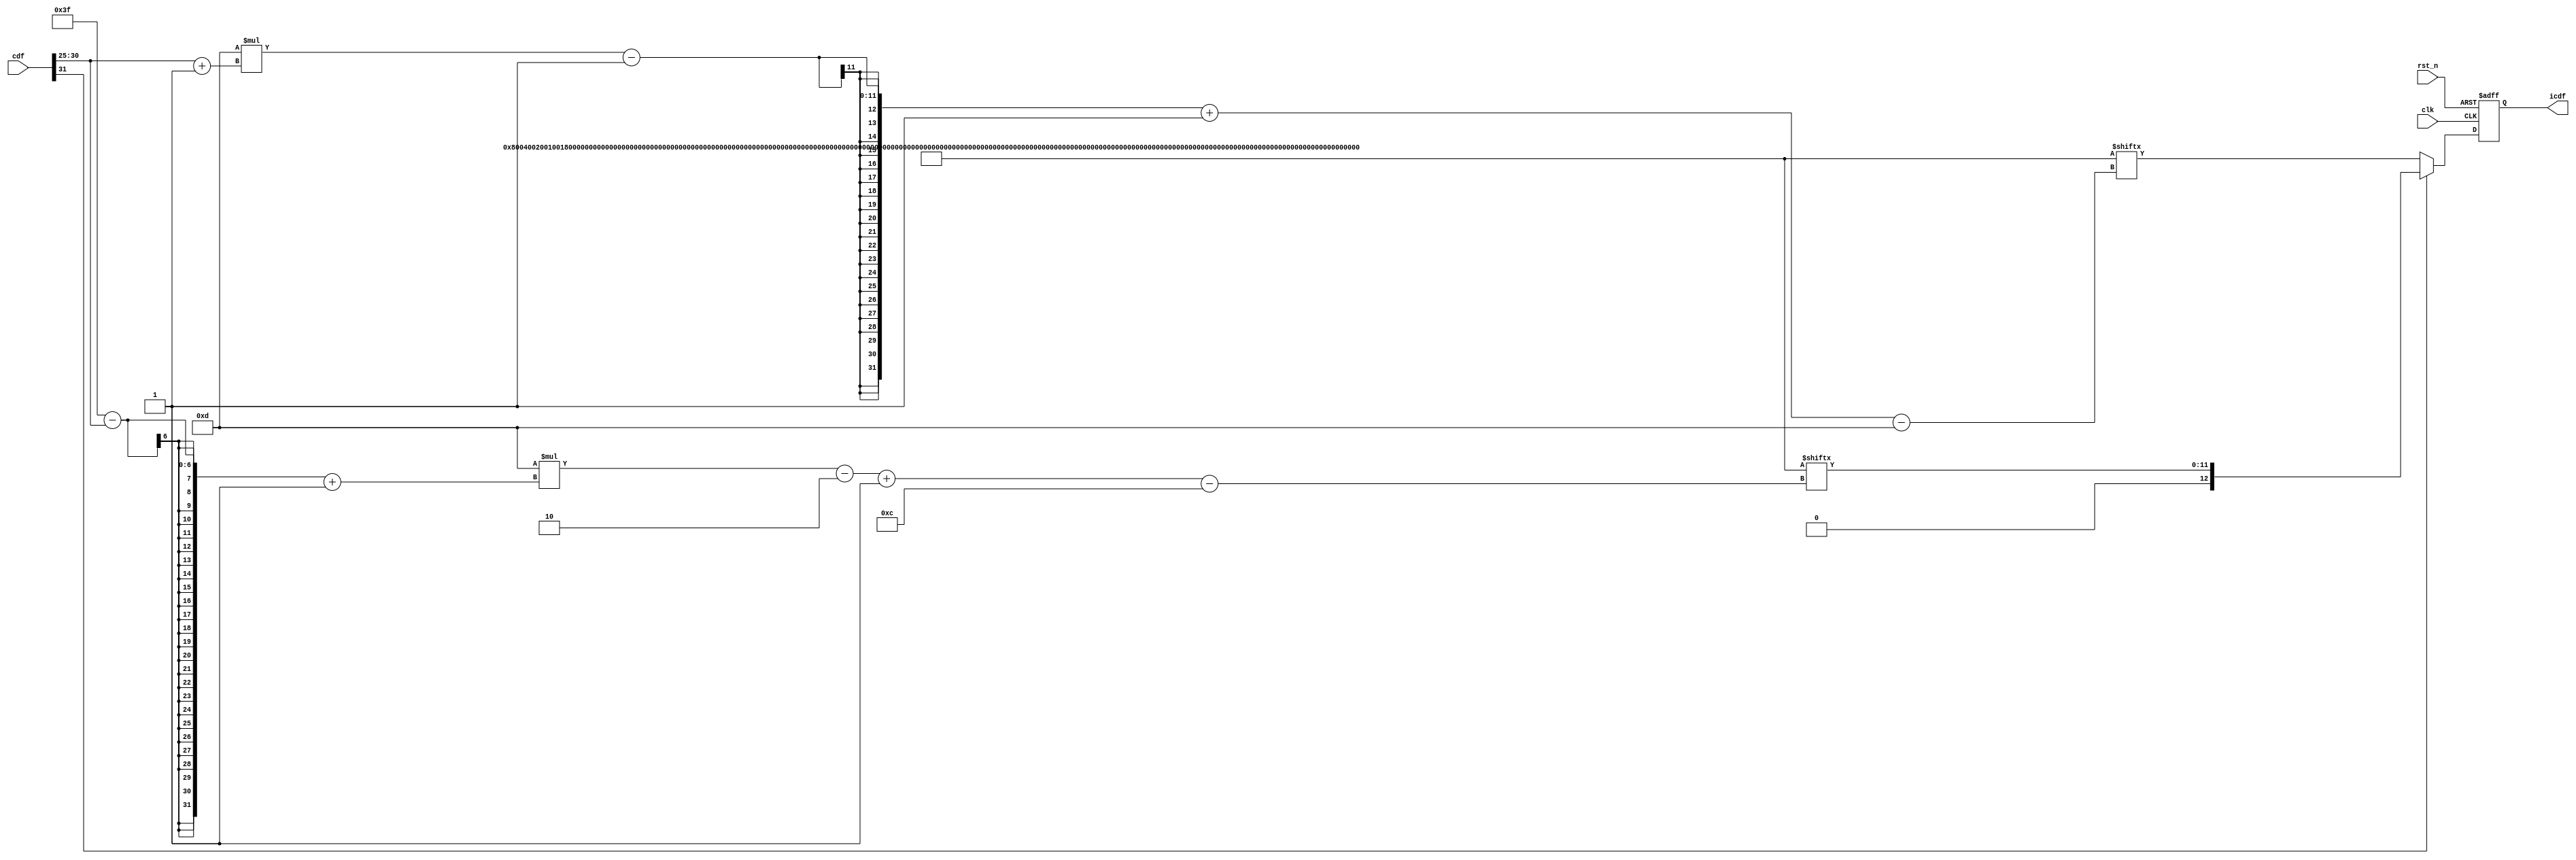
module ICDF_LUT(
    input               clk,
    input               rst_n,
    input       [31:0]  cdf,
    output reg  [12:0]  icdf
);
// =========== parameter ===============
parameter [13*64-1: 0] LUT = {
    13'h1000,
    13'h1000,
    13'h1000,
    13'h1001,
    13'h1001,
    13'h1001,
    13'h1002,
    13'h1002,
    13'h1002,
    13'h1002,
    13'h1003,
    13'h1003,
    13'h1003,
    13'h1004,
    13'h1004,
    13'h1004,
    13'h1005,
    13'h1005,
    13'h1005,
    13'h1006,
    13'h1006,
    13'h1006,
    13'h1007,
    13'h1007,
    13'h1007,
    13'h1008,
    13'h1008,
    13'h1009,
    13'h1009,
    13'h1009,
    13'h100a,
    13'h100a,
    13'h100a,
    13'h100b,
    13'h100b,
    13'h100c,
    13'h100c,
    13'h100d,
    13'h100d,
    13'h100d,
    13'h100e,
    13'h100e,
    13'h100f,
    13'h100f,
    13'h1010,
    13'h1010,
    13'h1011,
    13'h1012,
    13'h1012,
    13'h1013,
    13'h1014,
    13'h1014,
    13'h1015,
    13'h1016,
    13'h1017,
    13'h1018,
    13'h1019,
    13'h101a,
    13'h101b,
    13'h101c,
    13'h101e,
    13'h1021,
    13'h1024,
    13'h102a
};
// ================ wire and reg ==================
// whether cdf is greater than 0.5
wire GT05;
wire [5:0] index;
reg [13:0] icdf_w;
// ================ assignment ====================
assign GT05 = cdf[31];
assign index = cdf[30 -: 6];
// ================ Combinational =================
always@(*) begin
    if (!GT05) begin
        icdf_w = LUT[13*(index+1)-1 -: 13];    
    end
    else begin
        icdf_w = {1'b0, LUT[13*((63-index)+1)-2 -: 12]};
    end 
end
// ================ Sequential ====================
always @(posedge clk or negedge rst_n) begin
    if (!rst_n) icdf <= 13'b0;
    else        icdf <= icdf_w;
end

endmodule